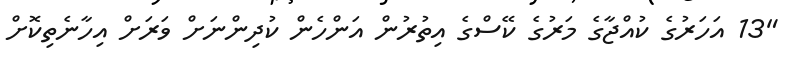
"13 އަހަރުގެ ކުއްޖާގެ މަރުގެ ކޭސްގެ އިތުރުން އަންހެން ކުދިންނަށް ވަރަށް އިހާނެތިކޮށް